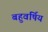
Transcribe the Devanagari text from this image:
बहुवर्षिय